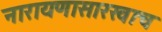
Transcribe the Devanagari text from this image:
नारायणासारखाच